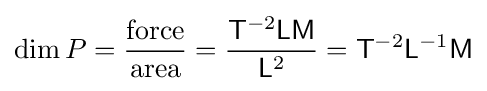
\operatorname {dim} P={\frac {\text{force}}{\text{area}}}={\frac {{\mathsf {T}}^{-2}{\mathsf {L}}{\mathsf {M}}}{{\mathsf {L}}^{2}}}={\mathsf {T}}^{-2}{\mathsf {L}}^{-1}{\mathsf {M}}